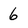
Character: 6